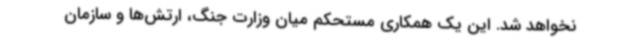
نخواهد شد. این یک همکاری مستحکم میان وزارت جنگ، ارتش‌ها و سازمان